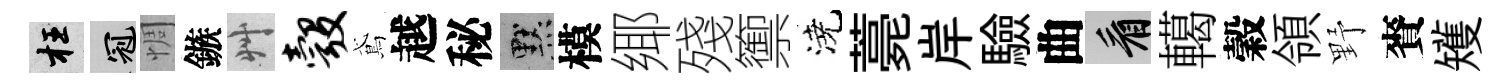
枉冠惆鏃艸彀鳶越秘默模鄊殘籞澆薧岸驗曲看轕穀領野賚矱